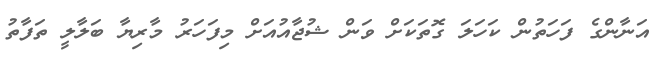
އަނާންގެ ފަހަތުން ކަހަލަ ގޮތަކަށް ވަން ޝުޖާއުއަށް މިފަހަރު މާރިޔާ ބަލާލީ ތަފާތު